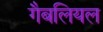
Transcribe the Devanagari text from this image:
गैबलियल